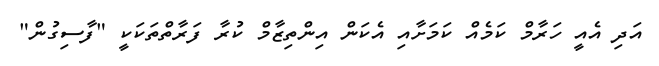
އަދި އެއީ ހަރާމް ކަމެއް ކަމަށާއި އެކަން އިންތިޒާމް ކުރާ ފަރާތްތަކަކީ "ފާސިގުން"